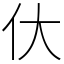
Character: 㐲